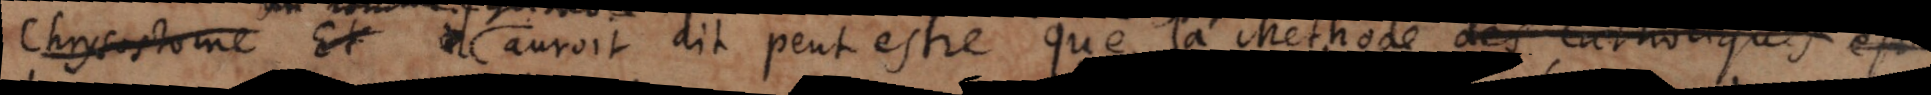
Chrysostome et il auroit dit peut estre que la Methode des Catholiques est